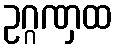
ဥဂ္ဂဏှထ